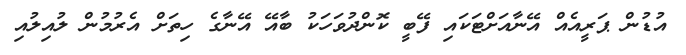
އުޑުން ޕަރީއެއް އޭނާއަށްޓަކައި ފޭބީ ކޮންދުވަހަކު ބާއޭ އޭނާގެ ހިތަށް އެރުމުން ލުއިލުއި